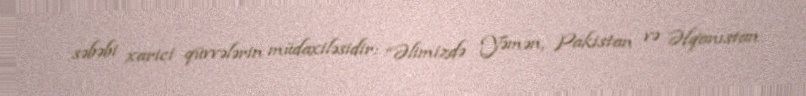
səbəbi xarici qüvvələrin müdaxiləsidir: “Əlimizdə Yəmən, Pakistan və Əfqanıstan